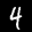
Label: 4